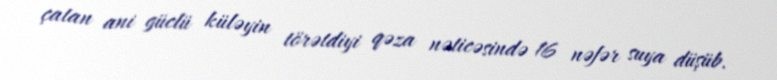
çatan ani güclü küləyin törətdiyi qəza nəticəsində 16 nəfər suya düşüb.